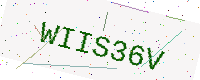
Text: WIIS36V